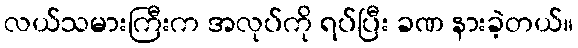
လယ်သမားကြီးက အလုပ်ကို ရပ်ပြီး ခဏ နားခဲ့တယ်။